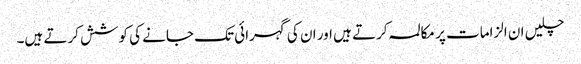
چلیں ان الزامات پر مکالمہ کرتے ہیں اور ان کی گہرائی تک جانے کی کوشش کرتے ہیں۔